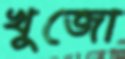
খুজো